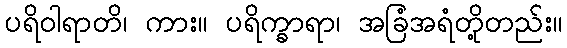
ပရိဝါရာတိ၊ ကား။ ပရိက္ခာရာ၊ အခြံအရံတို့တည်း။